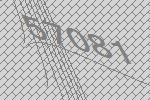
57081